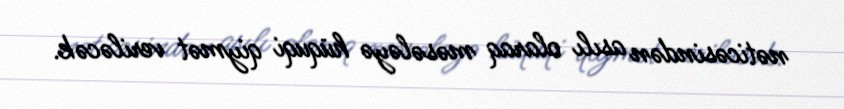
nəticəsindən asılı olaraq məsələyə hüquqi qiymət veriləcək.